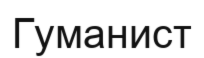
Гуманист